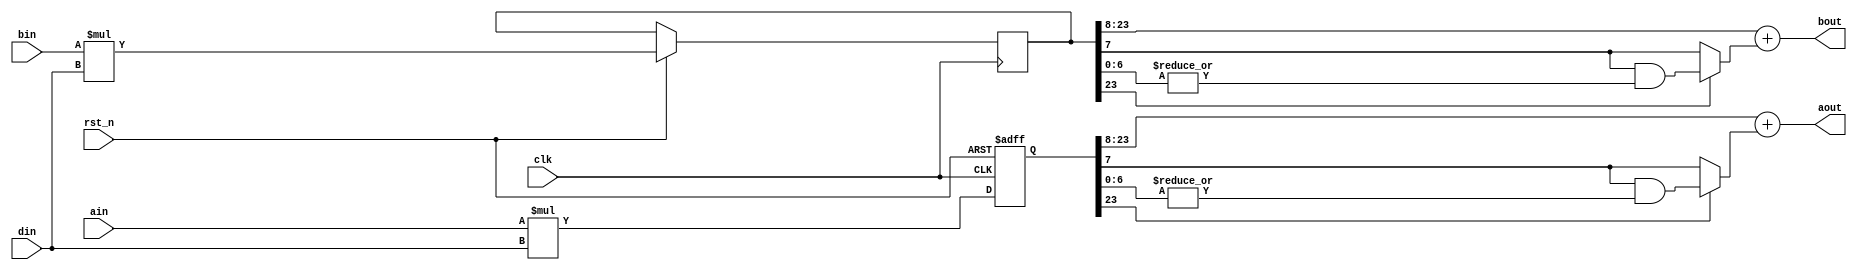
/*
*  Name         :dsp_mul2.v
*  Description  :
*  Origin       :230523
*  EE           :hel
*/
module dsp_mul2#(
    parameter I_W = 12,
    parameter O_W = 16
) 
(
   input    wire                      clk         ,        
   input    wire                      rst_n       ,
   input    wire  signed   [I_W-1 :0] din         ,
   input    wire  signed   [I_W-1 :0] ain         ,
   input    wire  signed   [I_W-1 :0] bin         ,
   output   wire  signed   [O_W-1 :0] aout        , 
   output   wire  signed   [O_W-1 :0] bout
);
localparam M_W = I_W*2;
reg signed[M_W-1:0]aout_b;
reg signed[M_W-1:0]bout_b;

wire    carry_bit0   =  aout_b[M_W-1] ? ( aout_b[M_W-(O_W-1)-1-1] & ( |aout_b[M_W-(O_W-1)-1-1-1:0] ) ) : aout_b[M_W-(O_W-1)-1-1] ;
assign  aout         = {aout_b[M_W-1], aout_b[M_W-1:M_W-(O_W-1)-1]} + carry_bit0 ;
wire    carry_bit1   =  bout_b[M_W-1] ? ( bout_b[M_W-(O_W-1)-1-1] & ( |bout_b[M_W-(O_W-1)-1-1-1:0] ) ) : bout_b[M_W-(O_W-1)-1-1] ;
assign  bout         = {bout_b[M_W-1], bout_b[M_W-1:M_W-(O_W-1)-1]} + carry_bit1 ;

always@(posedge clk or negedge rst_n)begin
    if (!rst_n) begin
        aout_b  <=  {(M_W){1'd0}};
        aout_b  <=  {(M_W){1'd0}};
    end else begin
        aout_b  <=  ain * din;
        bout_b  <=  bin * din;
    end
end
endmodule